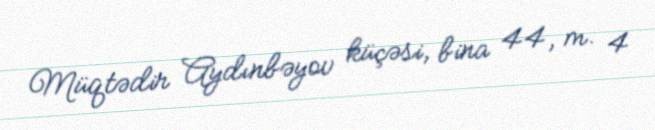
Müqtədir Aydınbəyov küçəsi, bina 44, m. 4